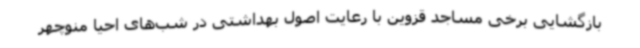
بازگشایی برخی مساجد قزوین با رعایت اصول بهداشتی در شب‌های احیا منوچهر